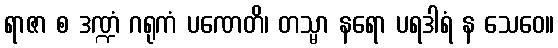
ရာဇာ စ ဒဏ္ဍံ ဂရုကံ ပဏေတိ၊ တသ္မာ နရော ပရဒါရံ န သေဝေ။